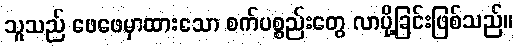
သူသည် ဖေဖေမှာထားသော စက်ပစ္စည်းတွေ လာပို့ခြင်းဖြစ်သည်။